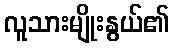
လူသားမျိုးနွယ်၏